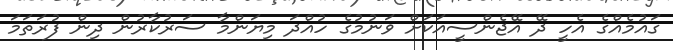
ގައުމެއްގެ އެހީ ދޭ އޭޖެންސީއަކަށް ވަނުމުގެ ހުއްދަ މިޔަންމާ ސަރުކާރުން ދިން ފުރަތަމަ